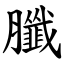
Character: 䑎